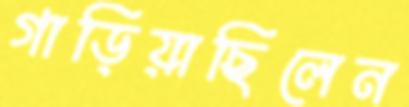
গাড়িয়াছিলেন